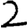
Digit: 2